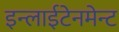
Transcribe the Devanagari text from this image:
इन्लाईटेनमेन्ट